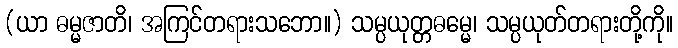
(ယာ ဓမ္မဇာတိ၊ အကြင်တရားသဘော။) သမ္ပယုတ္တဓမ္မေ၊ သမ္ပယုတ်တရားတို့ကို။